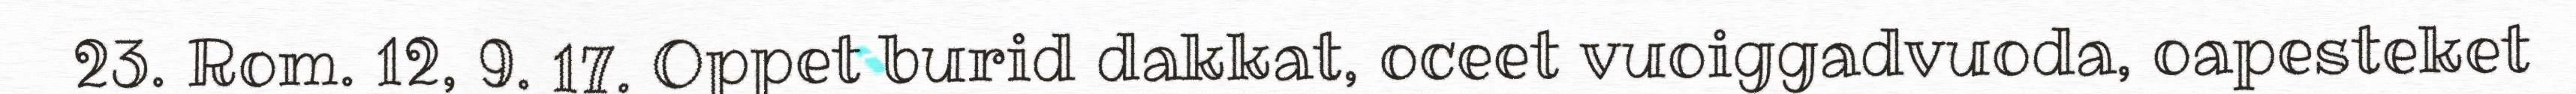
23. Rom. 12, 9. 17. Oppet burid dakkat, oceet vuoiggadvuoda, oapesteket